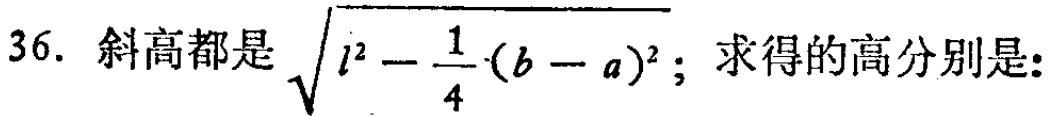
36. 斜高都是\(\sqrt{l^{2}-\frac{1}{4}(b - a)^{2}}\)；求得的高分别是: